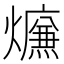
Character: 𤑙